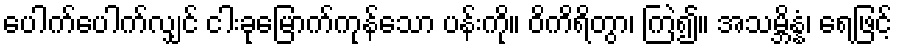
ပေါက်ပေါက်လျှင် ငါးခုမြောက်ကုန်သော ပန်းကို။ ဝိကိရိတွာ၊ ကြဲ၍။ အသမ္ဘိန္နံ၊ ရေဖြင့်